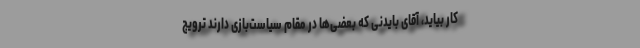
کار بیاید، آقای بایدنی که بعضی‌ها در مقام سیاست‌بازی دارند ترویج